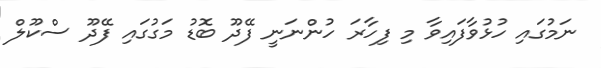
ނަމުގައި ހުޅުވާފައިވާ މި ފިހާރަ ހުންނަނީ ފޭދޫ ބޮޑު މަގުގައި ފޭދޫ ސްކޫލް